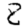
Digit: 8